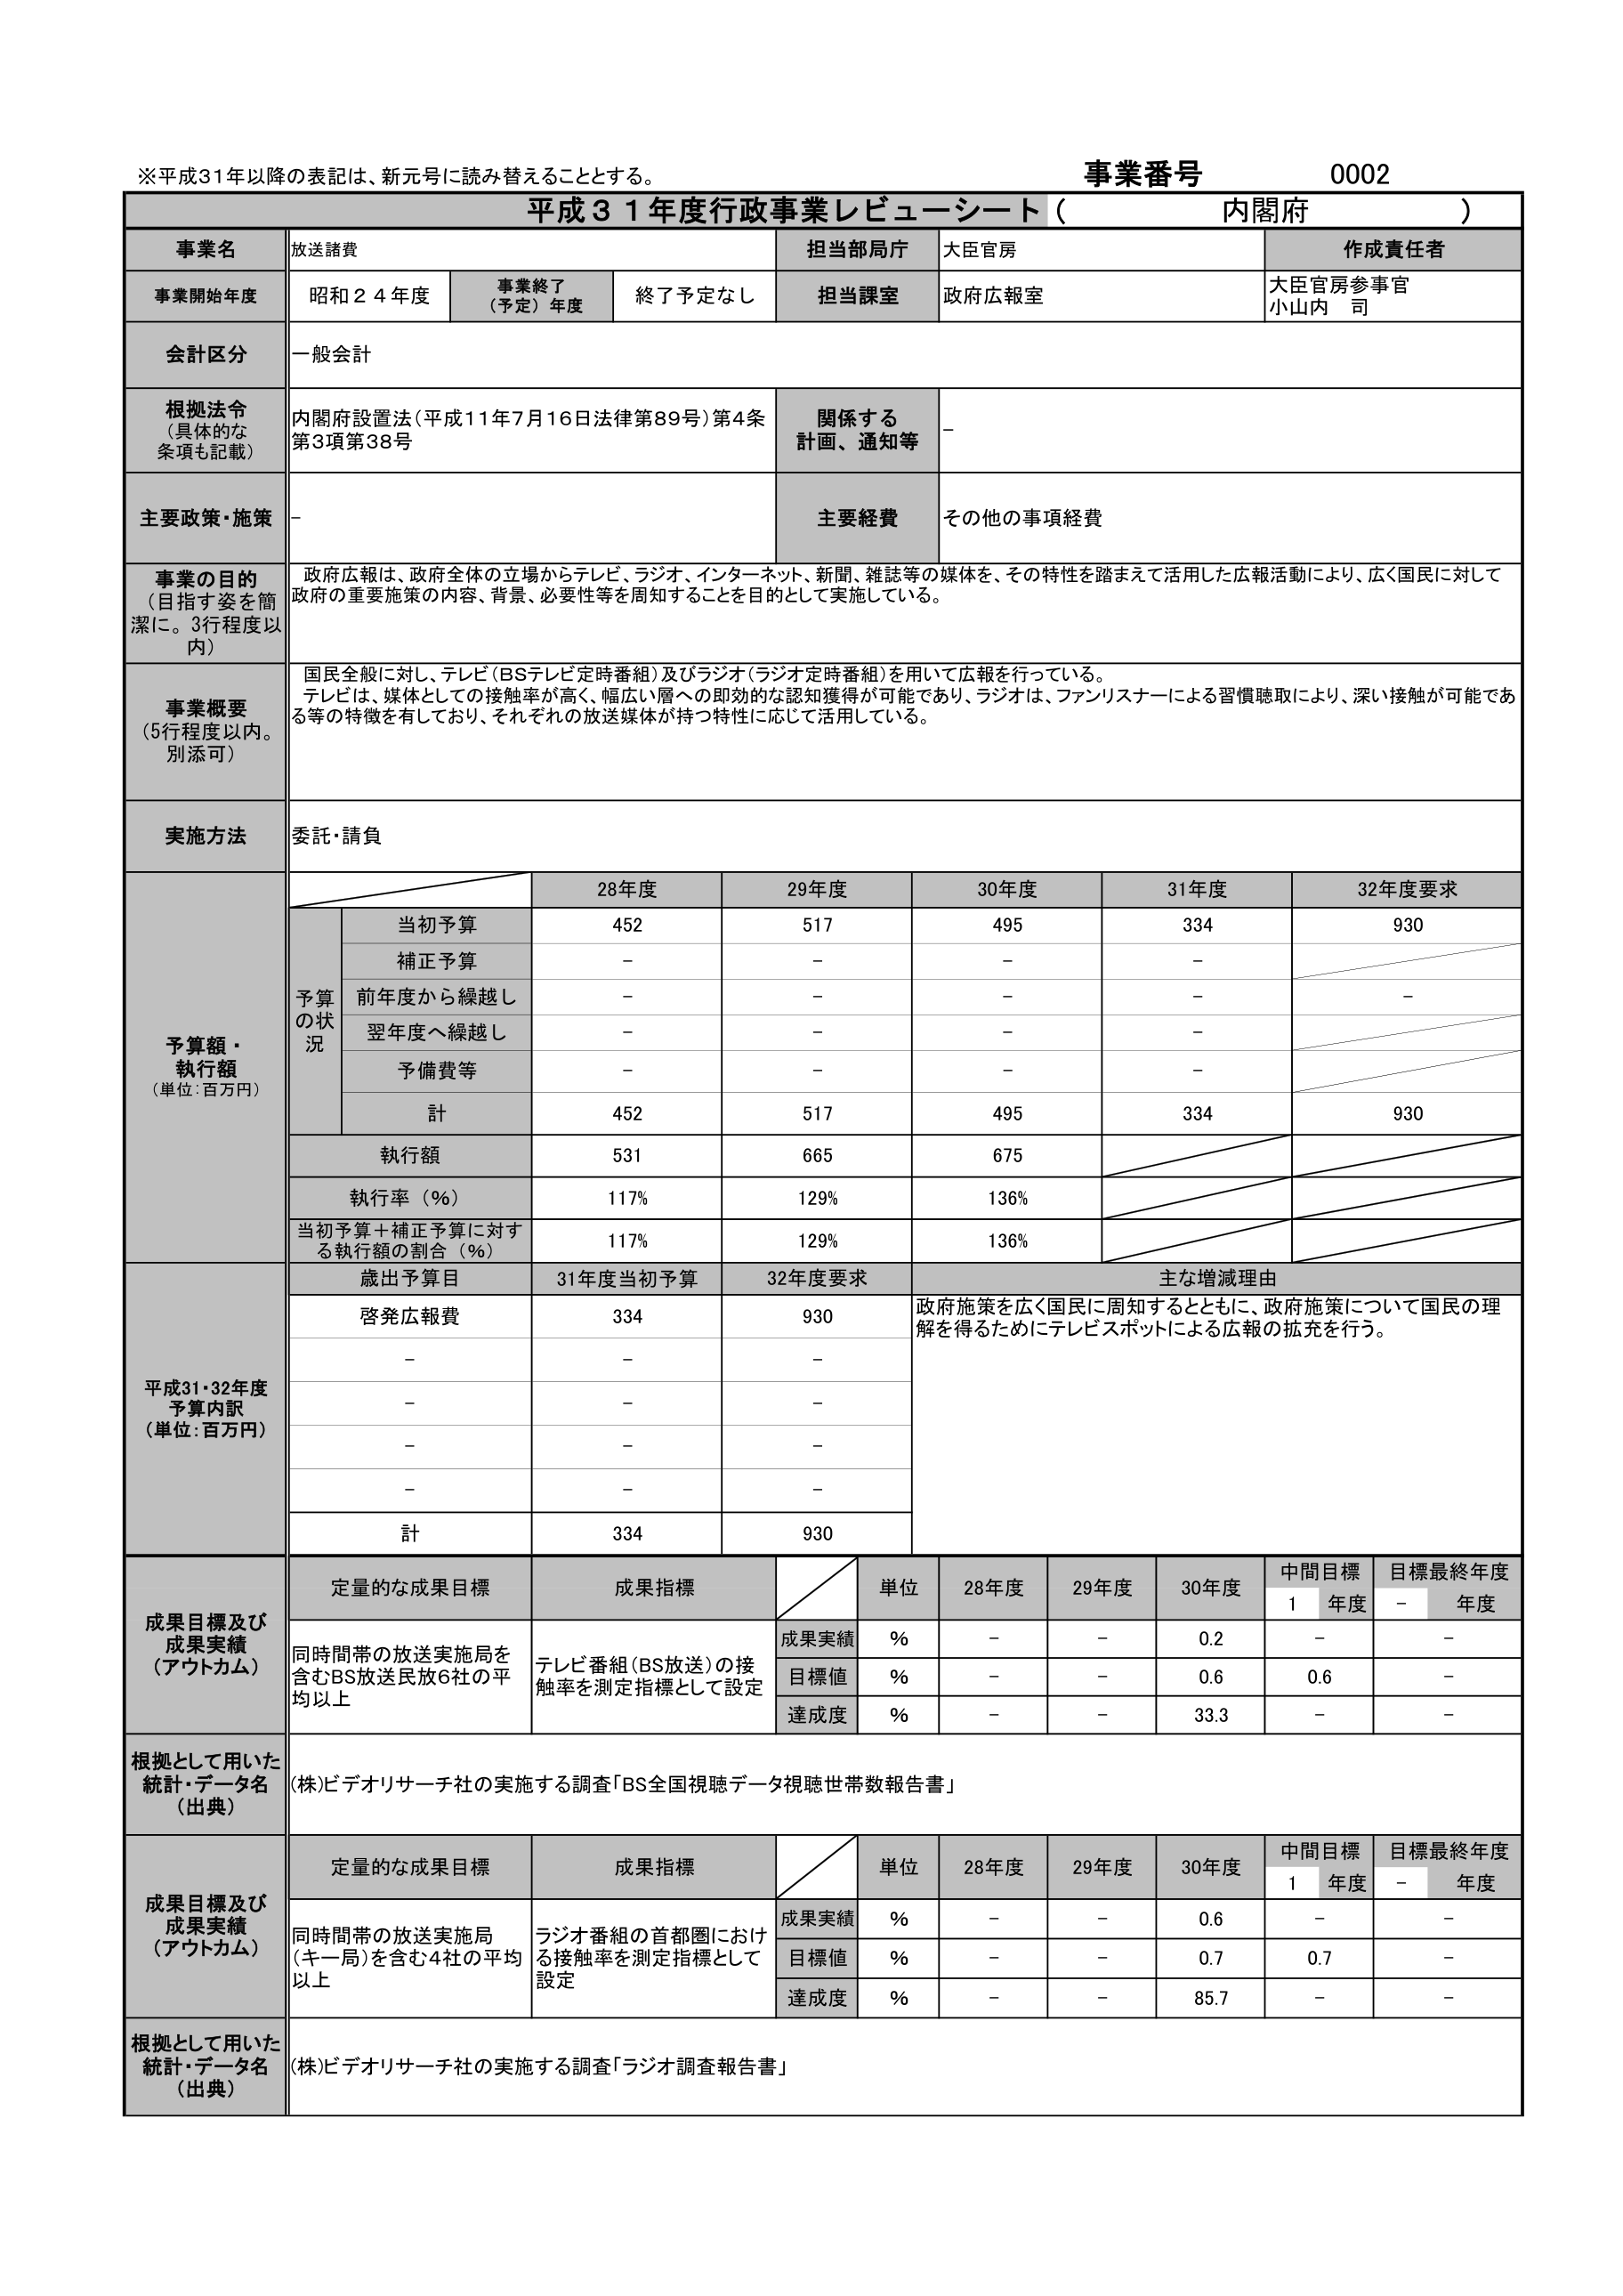
※平成31年以降の表記は、新元号に読み替えることとする。
事業番号 0002
平成31年度行政事業レピューシート（内閣府）
事業名 放送諸費
担当部局庁 大臣官房
事業開始年度 昭和24年度 事業終了（予定）年度 終了予定なし 担当課室 政府広報室 作成責任者 大臣官房参事官 小山内 司
会計区分 一般会計
根拠法令（具体的な条項も記載） 内閣府設置法（平成11年7月16日法律第89号）第4条第3項第38号 関係する計画、通知等 －
主要政策・施策 － 主要経費 その他の事項経費
事業の目的（目指す姿を簡潔に。3行程度以内） 政府広報は、政府全体の立場からテレビ、ラジオ、インターネット、新聞、雑誌等の媒体を、その特性を踏まえて活用した広報活動により、広く国民に対して政府の重要施策の内容、背景、必要性等を周知することを目的として実施している。
事業概要（5行程度以内。別添可） 国民全般に対し、テレビ（BSテレビ定時番組）及びラジオ（ラジオ定時番組）を用いて広報を行っている。テレビは、媒体としての接触率が高く、幅広い層への即効的な認知獲得が可能であり、ラジオは、ファンリスナーによる習慣聴取により、深い接触が可能である等の特徴を有しており、それぞれの放送媒体が持つ特性に応じて活用している。
実施方法 委託・請負
予算額・執行額（単位：百万円） 28年度 29年度 30年度 31年度 32年度要求
予算の状況 当初予算 452 517 495 334 930
補正予算 － － － －
前年度から繰越し － － － － －
翌年度へ繰越し － － － －
予備費等 － － － －
計 452 517 495 334 930
執行額 531 665 675
執行率（％） 117％ 129％ 136％
当初予算＋補正予算に対する執行額の割合（％） 117％ 129％ 136％
平成31・32年度予算内訳（単位：百万円） 歳出予算目 31年度当初予算 32年度要求 主な増減理由
啓発広報費 334 930 政府施策を広く国民に周知するとともに、政府施策について国民の理解を得るためにテレビスポットによる広報の拡充を行う。
－ － －
－ － －
－ － －
－ － －
計 334 930
成果目標及び成果実績（アウトカム） 定量的な成果目標 成果指標 単位 28年度 29年度 30年度 中間目標1年度 目標最終年度－年度
同時間帯の放送実施局を含むBS放送民放6社の平均以上 テレビ番組（BS放送）の接触率を測定指標として設定 成果実績 ％ － － 0.2 － －
目標値 ％ － － 0.6 0.6 －
達成度 ％ － － 33.3 － －
根拠として用いた統計・データ名（出典） （株）ビデオリサーチ社の実施する調査「BS全国視聴データ視聴世帯数報告書」
成果目標及び成果実績（アウトカム） 定量的な成果目標 成果指標 単位 28年度 29年度 30年度 中間目標1年度 目標最終年度－年度
同時間帯の放送実施局（キー局）を含む4社の平均以上 ラジオ番組の首都圏における接触率を測定指標として設定 成果実績 ％ － － 0.6 － －
目標値 ％ － － 0.7 0.7 －
達成度 ％ － － 85.7 － －
根拠として用いた統計・データ名（出典） （株）ビデオリサーチ社の実施する調査「ラジオ調査報告書」